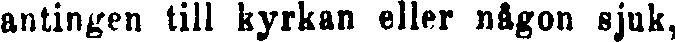
antingen till kyrkan eller någon sjuk,